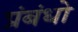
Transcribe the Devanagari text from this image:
प्रंबंधो